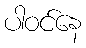
ပါဝင်နေ